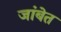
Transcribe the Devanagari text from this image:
जांबेत